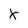
Character: X